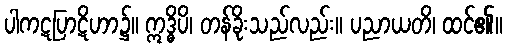
ပါကဋပြာဋိဟာ၌။ ဣဒ္ဓိပိ၊ တန်ခိုးသည်လည်း။ ပညာယတိ၊ ထင်၏။